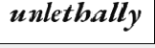
unlethally